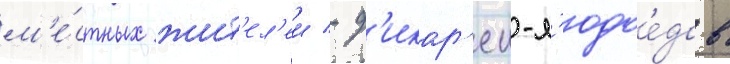
м'е́стных жит'ел'еи - д'икар'еи-л'юдое́дов